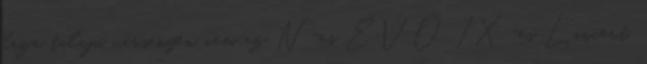
laza talajú versenyén nem az N-es EVO IX-es Lancert,